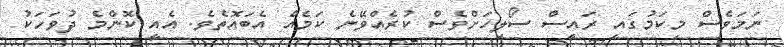
ނަމަވެސް މިކަމުގައި ރައީސް ސޯލިހަށްވެސް ކުރެއްވޭނެ ކަމެއް އެބައޮތެވެ. އެއީ ކޮންމެ ދުވަހަކު